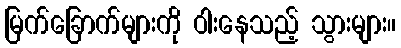
မြက်ခြောက်များကို ဝါးနေသည့် သွားများ။